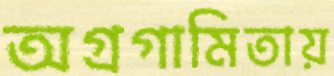
অগ্রগামিতায়